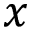
x